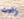
زادت